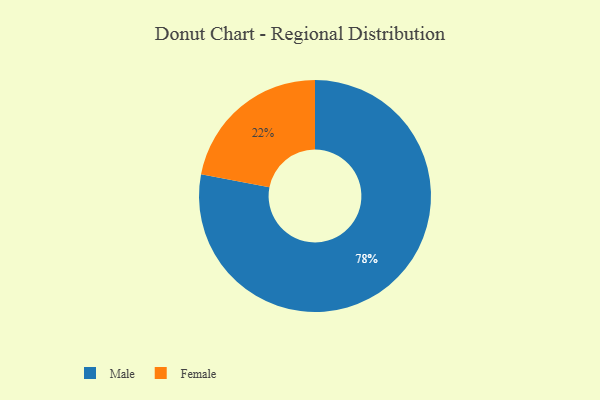
{"axis": {"x": "Category", "y": "Percentage"}, "legend": ["Female", "Male"], "data": [{"x": "Male", "y": 78, "type": "Male"}, {"x": "Female", "y": 22, "type": "Female"}]}